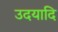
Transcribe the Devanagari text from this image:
उदयादि